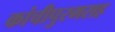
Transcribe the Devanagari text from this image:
कांचीपुरमसह